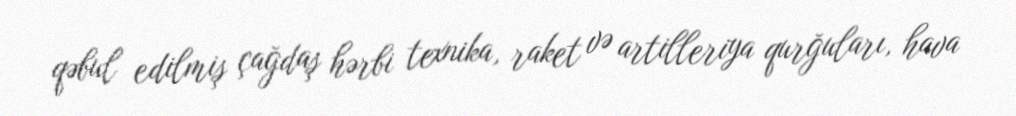
qəbul edilmiş çağdaş hərbi texnika, raket və artilleriya qurğuları, hava